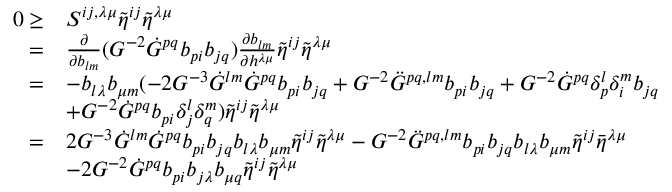
\begin{array} { r l } { 0 \geq } & { S ^ { i j , \lambda \mu } \tilde { \eta } ^ { i j } \tilde { \eta } ^ { \lambda \mu } } \\ { = } & { \frac { \partial } { \partial b _ { l m } } ( G ^ { - 2 } \dot { G } ^ { p q } b _ { p i } b _ { j q } ) \frac { \partial b _ { l m } } { \partial h ^ { \lambda \mu } } \tilde { \eta } ^ { i j } \tilde { \eta } ^ { \lambda \mu } } \\ { = } & { - b _ { l \lambda } b _ { \mu m } ( - 2 G ^ { - 3 } \dot { G } ^ { l m } \dot { G } ^ { p q } b _ { p i } b _ { j q } + G ^ { - 2 } \ddot { G } ^ { p q , l m } b _ { p i } b _ { j q } + G ^ { - 2 } \dot { G } ^ { p q } \delta _ { p } ^ { l } \delta _ { i } ^ { m } b _ { j q } } \\ & { + G ^ { - 2 } \dot { G } ^ { p q } b _ { p i } \delta _ { j } ^ { l } \delta _ { q } ^ { m } ) \tilde { \eta } ^ { i j } \tilde { \eta } ^ { \lambda \mu } } \\ { = } & { 2 G ^ { - 3 } \dot { G } ^ { l m } \dot { G } ^ { p q } b _ { p i } b _ { j q } b _ { l \lambda } b _ { \mu m } \tilde { \eta } ^ { i j } \tilde { \eta } ^ { \lambda \mu } - G ^ { - 2 } \ddot { G } ^ { p q , l m } b _ { p i } b _ { j q } b _ { l \lambda } b _ { \mu m } \tilde { \eta } ^ { i j } \bar { \eta } ^ { \lambda \mu } } \\ & { - 2 G ^ { - 2 } \dot { G } ^ { p q } b _ { p i } b _ { j \lambda } b _ { \mu q } \tilde { \eta } ^ { i j } \tilde { \eta } ^ { \lambda \mu } } \end{array}